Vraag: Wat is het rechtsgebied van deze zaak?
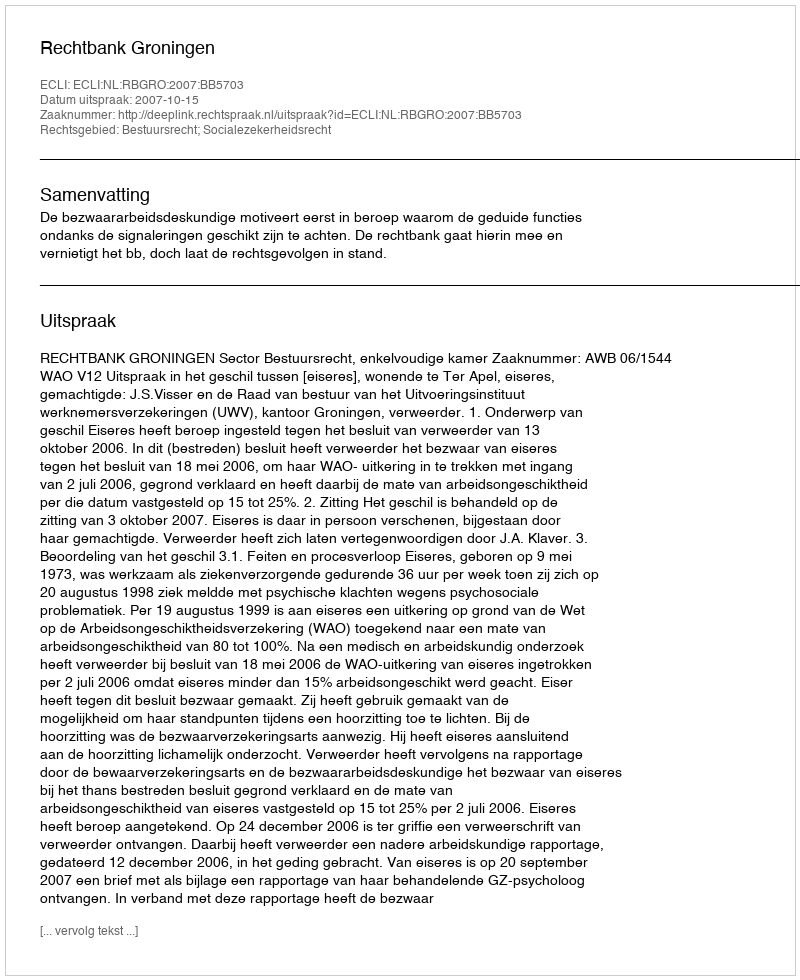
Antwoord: Bestuursrecht; Socialezekerheidsrecht